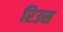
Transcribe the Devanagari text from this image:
रिउस